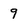
Character: 9